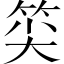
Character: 𥭍